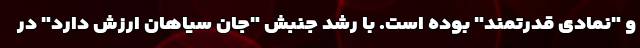
و "نمادی قدرتمند" بوده است. با رشد جنبش "جان سیاهان ارزش دارد" در